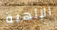
الإلهية